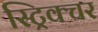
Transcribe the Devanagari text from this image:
स्ट्रिक्चर